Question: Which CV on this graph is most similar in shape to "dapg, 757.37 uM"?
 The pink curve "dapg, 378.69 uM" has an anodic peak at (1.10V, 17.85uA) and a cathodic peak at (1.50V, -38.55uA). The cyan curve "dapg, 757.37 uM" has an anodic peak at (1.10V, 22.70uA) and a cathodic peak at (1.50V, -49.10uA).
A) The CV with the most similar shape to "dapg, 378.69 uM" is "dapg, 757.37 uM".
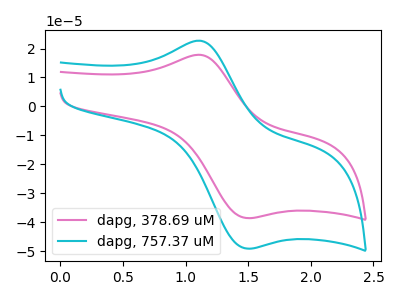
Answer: <think>All the peaks in "dapg, 378.69 uM" have a peak in "dapg, 757.37 uM" at the same potential. Every peak in "dapg, 378.69 uM" is lower than every peak in "dapg, 757.37 uM".
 </think>
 <answer>A) The CV with the most similar shape to "dapg, 378.69 uM" is "dapg, 757.37 uM".</answer>
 <eval>A</eval>